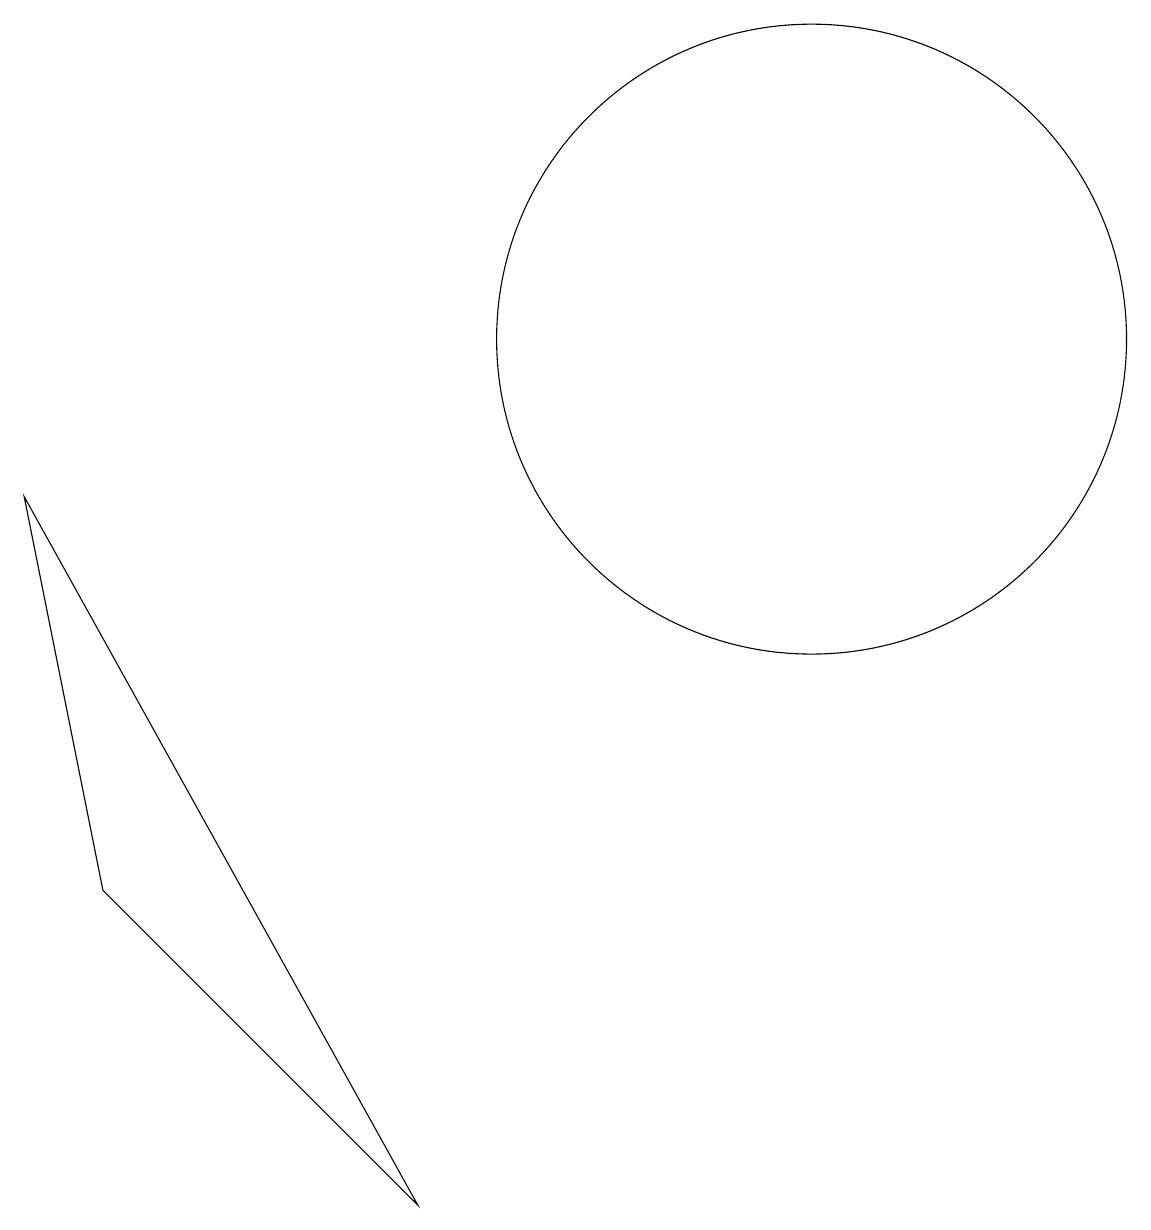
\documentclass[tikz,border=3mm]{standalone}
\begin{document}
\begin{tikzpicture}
\draw (10,11) circle (4);
\draw (5,0) -- (0,9) -- (1,4) -- cycle;
\draw (11,11) circle (0);
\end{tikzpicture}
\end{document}